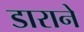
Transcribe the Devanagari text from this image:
डाराने